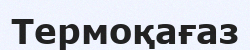
Термоқағаз